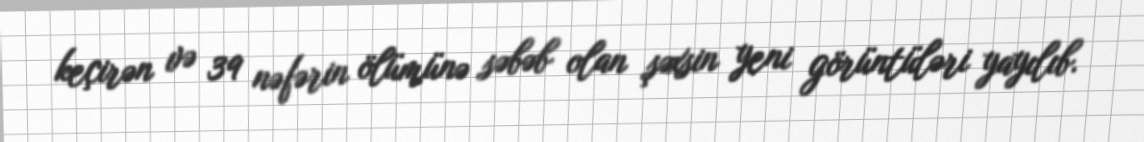
keçirən və 39 nəfərin ölümünə səbəb olan şəxsin yeni görüntüləri yayılıb.